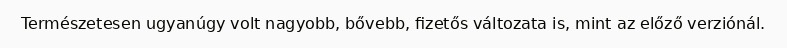
Természetesen ugyanúgy volt nagyobb, bővebb, fizetős változata is, mint az előző verziónál.